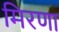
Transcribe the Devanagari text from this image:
मिरणा